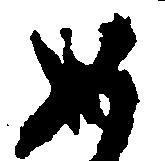
め